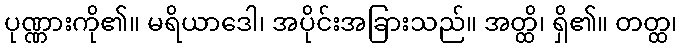
ပုဏ္ဏားကို၏။ မရိယာဒေါ၊ အပိုင်းအခြားသည်။ အတ္ထိ၊ ရှိ၏။ တတ္ထ၊